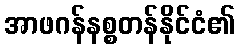
အာဖဂန်နစ္စတန်နိုင်ငံ၏